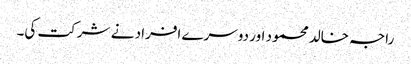
راجہ خالد محمود اور دوسرے افراد نے شرکت کی۔